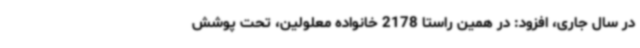
در سال جاری، افزود: در همین راستا 2178 خانواده معلولین، تحت پوشش